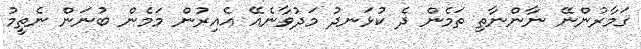
ގަމާރުންނޭ ނާންނާތި ތަމެން ދެ ކުޅަނދު މަދުވާނެއޭ އެއިރުން މަމެން ބުނަން ނެތީމު